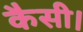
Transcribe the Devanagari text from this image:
कैसी।